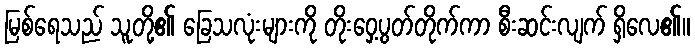
မြစ်ရေသည် သူတို့၏ ခြေသလုံးများကို တိုးဝှေ့ပွတ်တိုက်ကာ စီးဆင်းလျက် ရှိလေ၏။